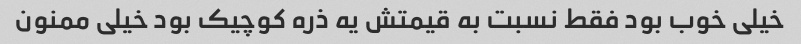
خیلی خوب بود فقط نسبت به قیمتش یه ذره کوچیک بود خیلی ممنون